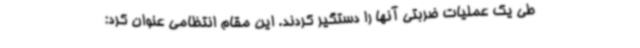
طی یک عملیات ضربتی آنها را دستگیر کردند. این مقام انتظامی عنوان کرد: